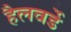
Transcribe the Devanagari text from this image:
हैलवर्डे